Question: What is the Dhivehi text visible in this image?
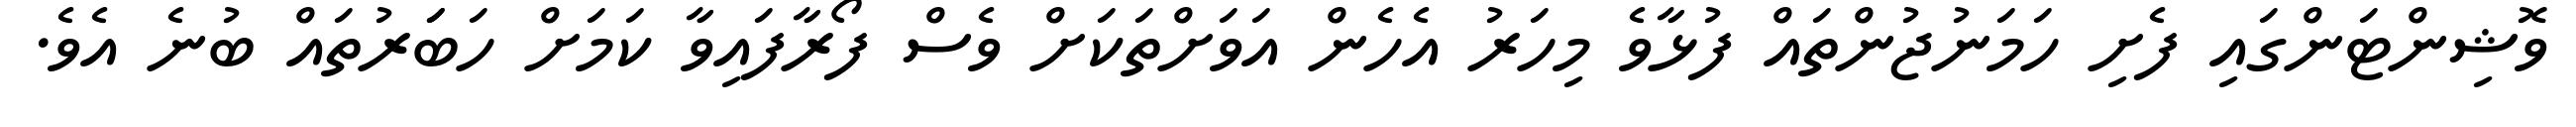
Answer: ވޮޝިންޓަންގައި ފެށި ހަމަނުޖުންތައް ފުޅާވެ މިހަރު އެހެން އަވަށްތަކަށް ވެސް ފޯރާފައިވާ ކަމަށް ހަބަަރުތައް ބުނެ އެވެ.